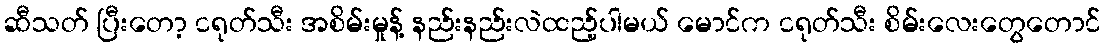
ဆီသတ် ပြီးတော့ ငရုတ်သီး အစိမ်းမှုန့် နည်းနည်းလဲထည့်ပါမယ် မောင်က ငရုတ်သီး စိမ်းလေးတွေတောင်